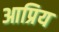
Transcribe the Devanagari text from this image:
आप्रिय